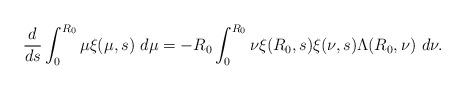
LaTeX: \begin{align*}\frac{d}{ds}\int_{0}^{R_{0}}\mu\xi(\mu,s)\ d\mu=-R_{0}\int_{0}^{R_{0}}\nu\xi(R_{0},s)\xi(\nu,s)\Lambda(R_{0}, \nu)\ d\nu.\end{align*}